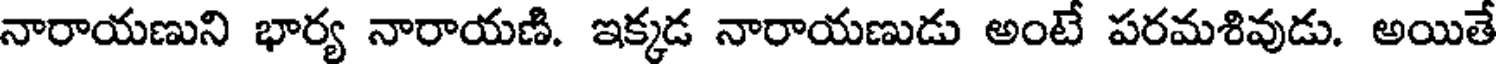
నారాయణుని భార్య నారాయణి. ఇక్కడ నారాయణుడు అంటే పరమశివుడు. అయితే